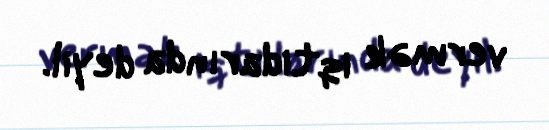
vermək iqtidarında deyil.